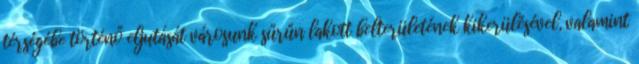
térségébe történő eljutását városunk sűrűn lakott belterületének kikerülésével, valamint